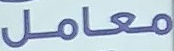
معامل